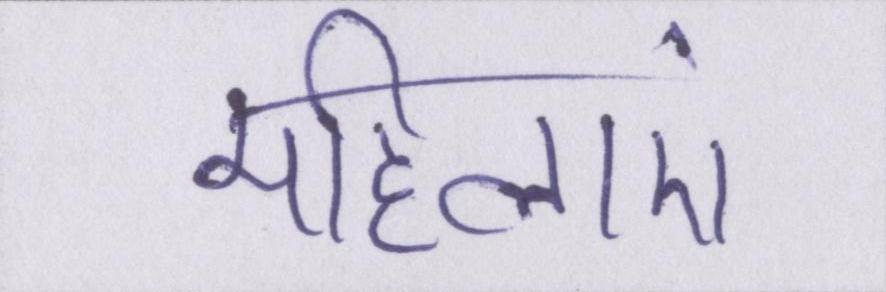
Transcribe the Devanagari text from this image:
महिलाएं